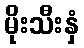
မိုးသီးနှံ